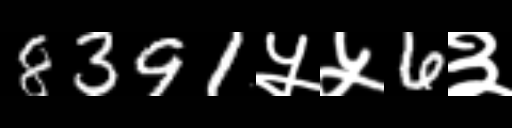
Text: 8391५५6३